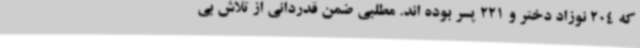
که 204 نوزاد دختر و 221 پسر بوده اند. مطلبی ضمن قدردانی از تلاش بی